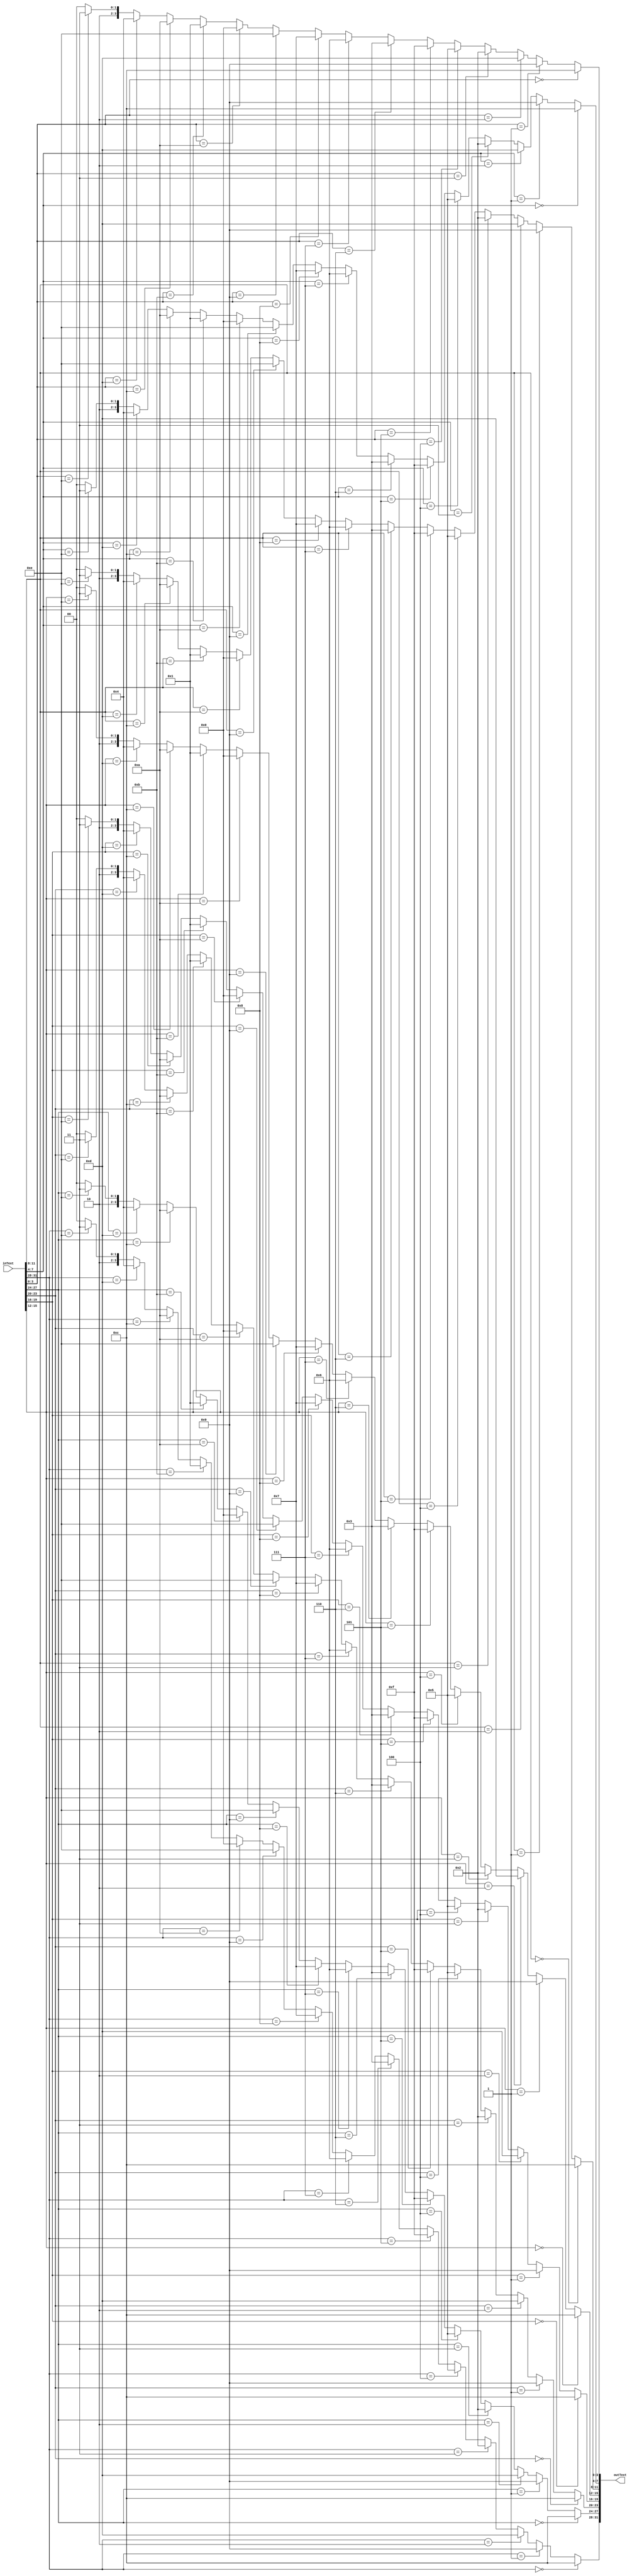
// S-box for encryption algorithm
// Wes Hirsheimer
// Brian Pangburn
// Colin Grundey

module sbox(inText, outText);

  input [31:0] inText;
  output [31:0] outText;
  wire [31:0] outText;

  assign outText[31:28] = (inText[31:28] == 4'h0) ? 4'hC
          :(inText[31:28] == 4'h1) ? 4'h9
          :(inText[31:28] == 4'h2) ? 4'hD
          :(inText[31:28] == 4'h3) ? 4'h2
          :(inText[31:28] == 4'h4) ? 4'h5
          :(inText[31:28] == 4'h5) ? 4'hF
          :(inText[31:28] == 4'h6) ? 4'h3
          :(inText[31:28] == 4'h7) ? 4'h6
          :(inText[31:28] == 4'h8) ? 4'h7
          :(inText[31:28] == 4'h9) ? 4'hE
          :(inText[31:28] == 4'hA) ? 4'h0
          :(inText[31:28] == 4'hB) ? 4'h1
          :(inText[31:28] == 4'hC) ? 4'hA
          :(inText[31:28] == 4'hD) ? 4'h4
          :(inText[31:28] == 4'hE) ? 4'hB
          :4'h8;

  assign outText[27:24] = (inText[27:24] == 4'h0) ? 4'hC
          :(inText[27:24] == 4'h1) ? 4'h9
          :(inText[27:24] == 4'h2) ? 4'hD
          :(inText[27:24] == 4'h3) ? 4'h2
          :(inText[27:24] == 4'h4) ? 4'h5
          :(inText[27:24] == 4'h5) ? 4'hF
          :(inText[27:24] == 4'h6) ? 4'h3
          :(inText[27:24] == 4'h7) ? 4'h6
          :(inText[27:24] == 4'h8) ? 4'h7
          :(inText[27:24] == 4'h9) ? 4'hE
          :(inText[27:24] == 4'hA) ? 4'h0
          :(inText[27:24] == 4'hB) ? 4'h1
          :(inText[27:24] == 4'hC) ? 4'hA
          :(inText[27:24] == 4'hD) ? 4'h4
          :(inText[27:24] == 4'hE) ? 4'hB
          :4'h8;

  assign outText[23:20] = (inText[23:20] == 4'h0) ? 4'hC
            :(inText[23:20] == 4'h1) ? 4'h9
            :(inText[23:20] == 4'h2) ? 4'hD
            :(inText[23:20] == 4'h3) ? 4'h2
            :(inText[23:20] == 4'h4) ? 4'h5
            :(inText[23:20] == 4'h5) ? 4'hF
            :(inText[23:20] == 4'h6) ? 4'h3
            :(inText[23:20] == 4'h7) ? 4'h6
            :(inText[23:20] == 4'h8) ? 4'h7
            :(inText[23:20] == 4'h9) ? 4'hE
            :(inText[23:20] == 4'hA) ? 4'h0
            :(inText[23:20] == 4'hB) ? 4'h1
            :(inText[23:20] == 4'hC) ? 4'hA
            :(inText[23:20] == 4'hD) ? 4'h4
            :(inText[23:20] == 4'hE) ? 4'hB
            :4'h8;

  assign outText[19:16] = (inText[19:16] == 4'h0) ? 4'hC
          :(inText[19:16] == 4'h1) ? 4'h9
          :(inText[19:16] == 4'h2) ? 4'hD
          :(inText[19:16] == 4'h3) ? 4'h2
          :(inText[19:16] == 4'h4) ? 4'h5
          :(inText[19:16] == 4'h5) ? 4'hF
          :(inText[19:16] == 4'h6) ? 4'h3
          :(inText[19:16] == 4'h7) ? 4'h6
          :(inText[19:16] == 4'h8) ? 4'h7
          :(inText[19:16] == 4'h9) ? 4'hE
          :(inText[19:16] == 4'hA) ? 4'h0
          :(inText[19:16] == 4'hB) ? 4'h1
          :(inText[19:16] == 4'hC) ? 4'hA
          :(inText[19:16] == 4'hD) ? 4'h4
          :(inText[19:16] == 4'hE) ? 4'hB
          :4'h8;


  assign outText[15:12] = (inText[15:12] == 4'h0) ? 4'hC
        :(inText[15:12] == 4'h1) ? 4'h9
        :(inText[15:12] == 4'h2) ? 4'hD
        :(inText[15:12] == 4'h3) ? 4'h2
        :(inText[15:12] == 4'h4) ? 4'h5
        :(inText[15:12] == 4'h5) ? 4'hF
        :(inText[15:12] == 4'h6) ? 4'h3
        :(inText[15:12] == 4'h7) ? 4'h6
        :(inText[15:12] == 4'h8) ? 4'h7
        :(inText[15:12] == 4'h9) ? 4'hE
        :(inText[15:12] == 4'hA) ? 4'h0
        :(inText[15:12] == 4'hB) ? 4'h1
        :(inText[15:12] == 4'hC) ? 4'hA
        :(inText[15:12] == 4'hD) ? 4'h4
        :(inText[15:12] == 4'hE) ? 4'hB
        :4'h8;

  assign outText[11:8] = (inText[11:8] == 4'h0) ? 4'hC
          :(inText[11:8] == 4'h1) ? 4'h9
          :(inText[11:8] == 4'h2) ? 4'hD
          :(inText[11:8] == 4'h3) ? 4'h2
          :(inText[11:8] == 4'h4) ? 4'h5
          :(inText[11:8] == 4'h5) ? 4'hF
          :(inText[11:8] == 4'h6) ? 4'h3
          :(inText[11:8] == 4'h7) ? 4'h6
          :(inText[11:8] == 4'h8) ? 4'h7
          :(inText[11:8] == 4'h9) ? 4'hE
          :(inText[11:8] == 4'hA) ? 4'h0
          :(inText[11:8] == 4'hB) ? 4'h1
          :(inText[11:8] == 4'hC) ? 4'hA
          :(inText[11:8] == 4'hD) ? 4'h4
          :(inText[11:8] == 4'hE) ? 4'hB
          :4'h8;

  assign outText[7:4] = (inText[7:4] == 4'h0) ? 4'hC
          :(inText[7:4] == 4'h1) ? 4'h9
          :(inText[7:4] == 4'h2) ? 4'hD
          :(inText[7:4] == 4'h3) ? 4'h2
          :(inText[7:4] == 4'h4) ? 4'h5
          :(inText[7:4] == 4'h5) ? 4'hF
          :(inText[7:4] == 4'h6) ? 4'h3
          :(inText[7:4] == 4'h7) ? 4'h6
          :(inText[7:4] == 4'h8) ? 4'h7
          :(inText[7:4] == 4'h9) ? 4'hE
          :(inText[7:4] == 4'hA) ? 4'h0
          :(inText[7:4] == 4'hB) ? 4'h1
          :(inText[7:4] == 4'hC) ? 4'hA
          :(inText[7:4] == 4'hD) ? 4'h4
          :(inText[7:4] == 4'hE) ? 4'hB
          :4'h8;



  assign outText[3:0] = (inText[3:0] == 4'h0) ? 4'hC
          :(inText[3:0] == 4'h1) ? 4'h9
          :(inText[3:0] == 4'h2) ? 4'hD
          :(inText[3:0] == 4'h3) ? 4'h2
          :(inText[3:0] == 4'h4) ? 4'h5
          :(inText[3:0] == 4'h5) ? 4'hF
          :(inText[3:0] == 4'h6) ? 4'h3
          :(inText[3:0] == 4'h7) ? 4'h6
          :(inText[3:0] == 4'h8) ? 4'h7
          :(inText[3:0] == 4'h9) ? 4'hE
          :(inText[3:0] == 4'hA) ? 4'h0
          :(inText[3:0] == 4'hB) ? 4'h1
          :(inText[3:0] == 4'hC) ? 4'hA
          :(inText[3:0] == 4'hD) ? 4'h4
          :(inText[3:0] == 4'hE) ? 4'hB
          :4'h8;

endmodule